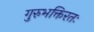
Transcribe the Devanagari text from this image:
गुरुभक्तिरतः